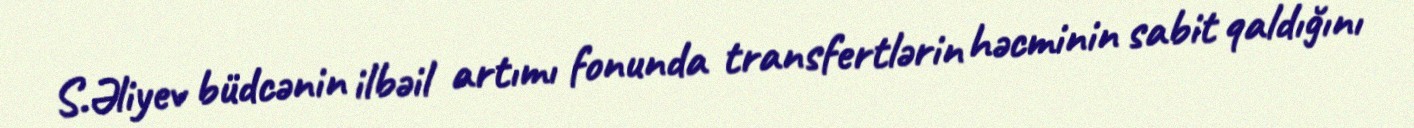
S.Əliyev büdcənin ilbəil artımı fonunda transfertlərin həcminin sabit qaldığını